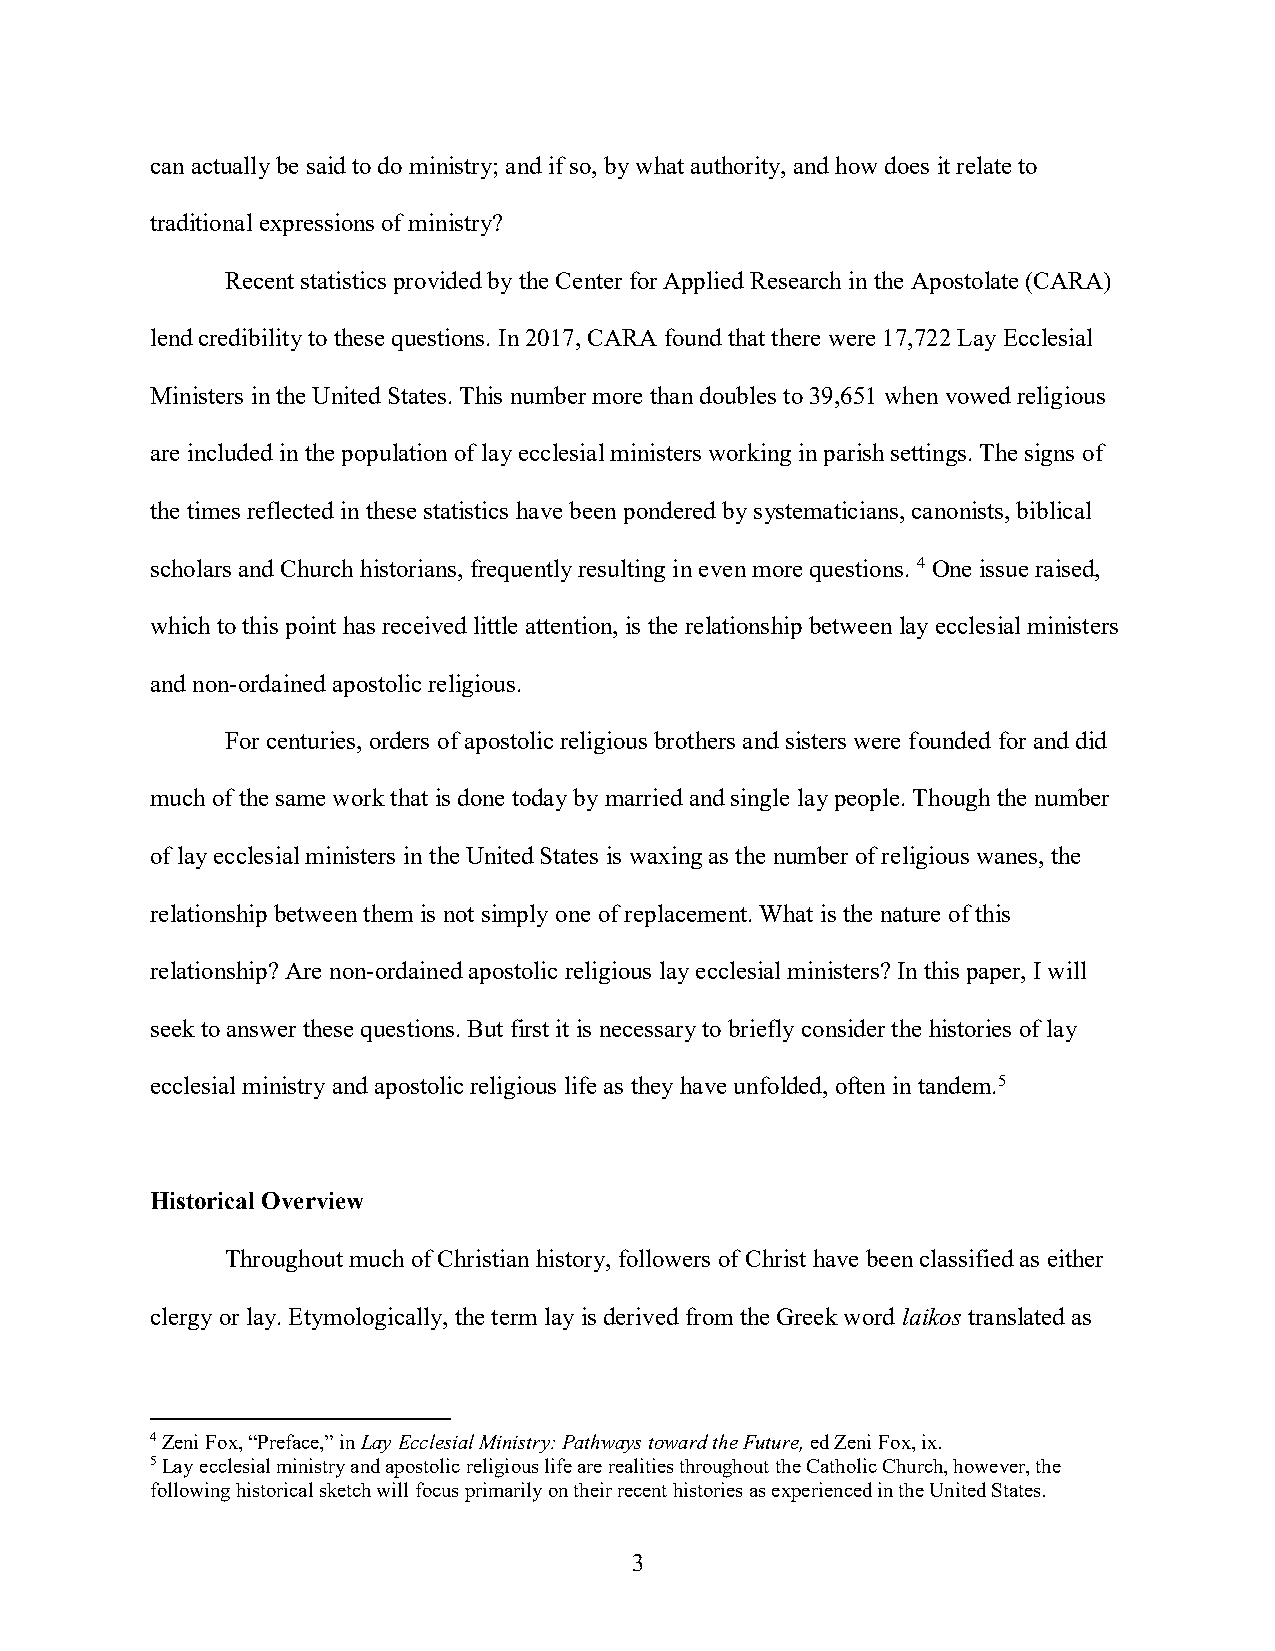
can actually be said to do ministry; and if so, by what authority, and how does it relate to
 traditional expressions of ministry?
 Recent statistics provided by the Center for Applied Research in the Apostolate (CARA)
 lend credibility to these questions. In 2017, CARA found that there were 17,722 Lay Ecclesial
 Ministers in the United States. This number more than doubles to 39,651 when vowed religious
 are included in the population of lay ecclesial ministers working in parish settings. The signs of
 the times reflected in these statistics have been pondered by systematicians, canonists, biblical
 scholars and Church historians, frequently resulting in even more questions. 4 One issue raised,
 which to this point has received little attention, is the relationship between lay ecclesial ministers
 and non-ordained apostolic religious.
 For centuries, orders of apostolic religious brothers and sisters were founded for and did
 much of the same work that is done today by married and single lay people. Though the number
 of lay ecclesial ministers in the United States is waxing as the number of religious wanes, the
 relationship between them is not simply one of replacement. What is the nature of this
 relationship? Are non-ordained apostolic religious lay ecclesial ministers? In this paper, I will
 seek to answer these questions. But first it is necessary to briefly consider the histories of lay
 ecclesial ministry and apostolic religious life as they have unfolded, often in tandem.5
 Historical Overview
 Throughout much of Christian history, followers of Christ have been classified as either
 clergy or lay. Etymologically, the term lay is derived from the Greek word laikos translated as
 4 Zeni Fox, “Preface,” in Lay Ecclesial Ministry: Pathways toward the Future, ed Zeni Fox, ix.
 5 Lay ecclesial ministry and apostolic religious life are realities throughout the Catholic Church, however, the
 following historical sketch will focus primarily on their recent histories as experienced in the United States.
 3